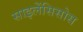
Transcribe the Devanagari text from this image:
साइलेंसिसोस